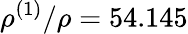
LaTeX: \rho^{(1)}/\rho=54.145